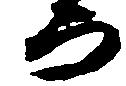
而